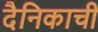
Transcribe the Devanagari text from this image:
दैनिकाची